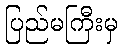
ပြည်မကြီးမှ